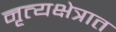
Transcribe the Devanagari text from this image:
नृत्यक्षेत्रात